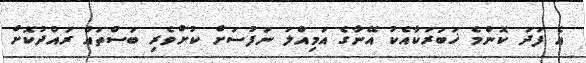
އެ ފަދަ ކޮންމެ ޚަބަރަކާއެކު އޭނާގެ އަމިއްލަ ނަފުސަށް ކުށްވެރި ބަސްތައް ރައްދުކޮށް